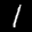
Label: 1